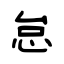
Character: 怠